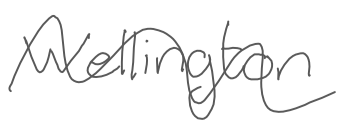
Text: Wellington
Cross-out: wave
Writing tool: digital_gray